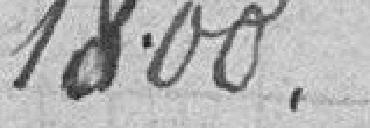
1800.